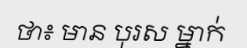
ថា៖ មាន បុរស ម្នាក់